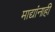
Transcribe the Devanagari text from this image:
माद्यांनाही